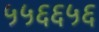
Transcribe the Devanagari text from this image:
५५६६५६